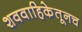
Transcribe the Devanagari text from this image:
शववाहिकेतूनच